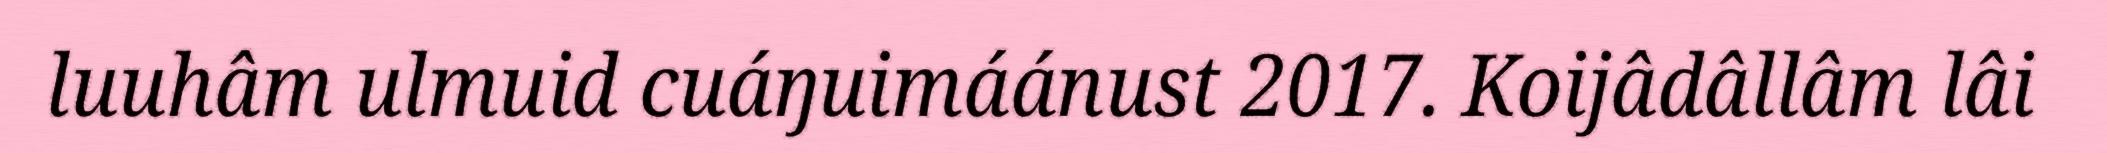
luuhâm ulmuid cuáŋuimáánust 2017. Koijâdâllâm lâi